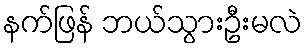
နက်ဖြန် ဘယ်သွားဦးမလဲ